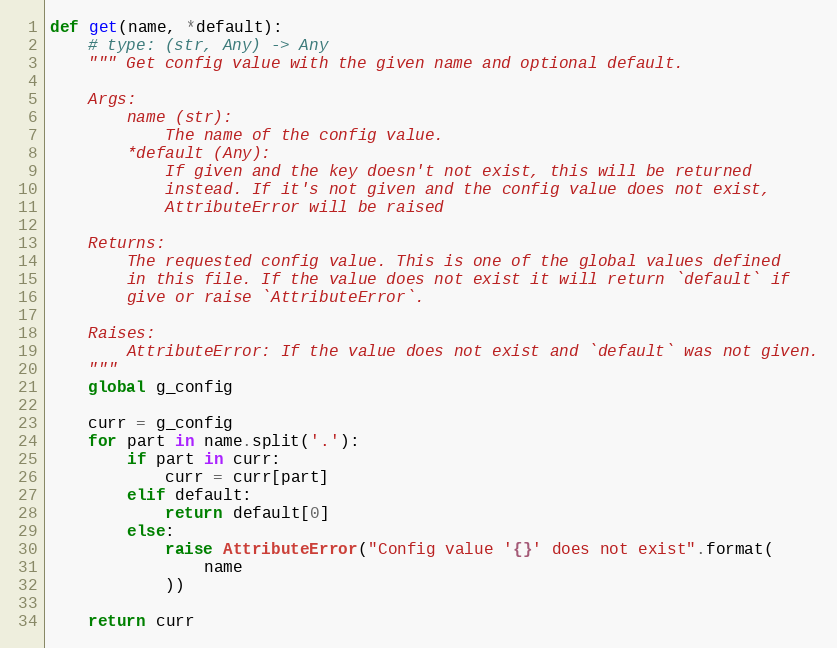
Language: Python
def get(name, *default):
    # type: (str, Any) -> Any
    """ Get config value with the given name and optional default.

    Args:
        name (str):
            The name of the config value.
        *default (Any):
            If given and the key doesn't not exist, this will be returned
            instead. If it's not given and the config value does not exist,
            AttributeError will be raised

    Returns:
        The requested config value. This is one of the global values defined
        in this file. If the value does not exist it will return `default` if
        give or raise `AttributeError`.

    Raises:
        AttributeError: If the value does not exist and `default` was not given.
    """
    global g_config

    curr = g_config
    for part in name.split('.'):
        if part in curr:
            curr = curr[part]
        elif default:
            return default[0]
        else:
            raise AttributeError("Config value '{}' does not exist".format(
                name
            ))

    return curr